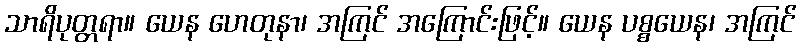
သာရိပုတ္တရာ။ ယေန ဟေတုနာ၊ အကြင် အကြောင်းဖြင့်။ ယေန ပစ္စယေန၊ အကြင်